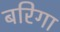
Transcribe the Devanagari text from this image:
बरिगा